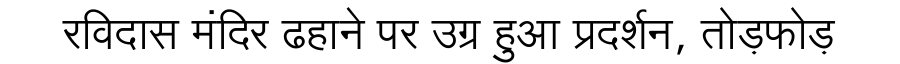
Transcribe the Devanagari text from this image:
रविदास मंदिर ढहाने पर उग्र हुआ प्रदर्शन, तोड़फोड़